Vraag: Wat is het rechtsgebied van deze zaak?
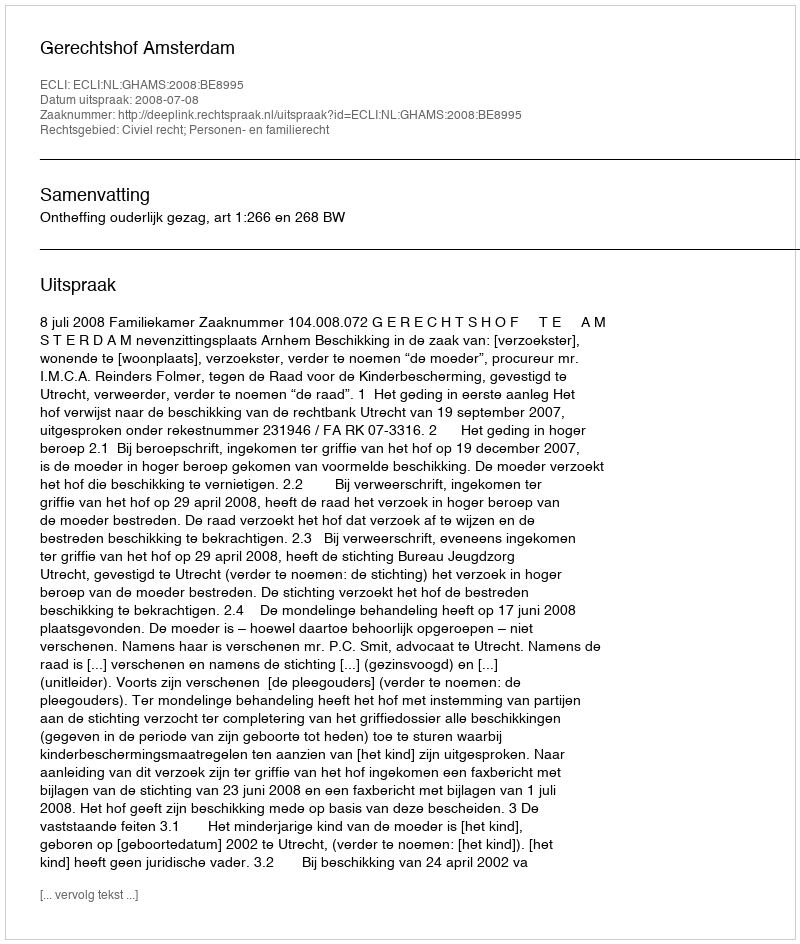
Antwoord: Civiel recht; Personen- en familierecht